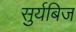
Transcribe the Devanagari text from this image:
सुर्यबिज